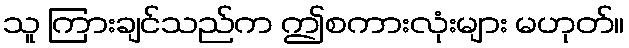
သူ ကြားချင်သည်က ဤစကားလုံးများ မဟုတ်။